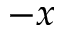
- x